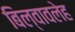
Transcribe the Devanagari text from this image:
बिल्वावलेह